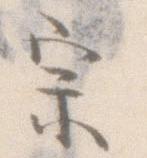
宗